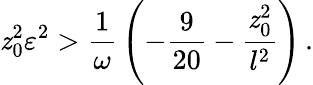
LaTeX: \mathit{z}_{0}^{2}\varepsilon^{2}>{\frac{{1}}{{\omega}}}\left(-{\frac{{9}}{{20}}}-{\frac{{\mathit{z}_{0}^{2}}}{{l^{2}}}}\right)\, .